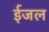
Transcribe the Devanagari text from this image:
ईजल